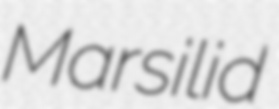
Marsilid